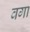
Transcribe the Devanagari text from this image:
वगा